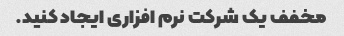
مخفف یک شرکت نرم افزاری ایجاد کنید.